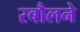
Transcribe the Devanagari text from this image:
रबौलने